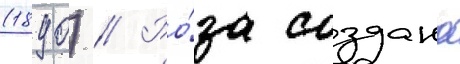
(1890) // Ро́за создана